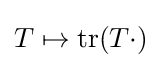
T\mapsto \mathrm {tr} (T\cdot )